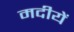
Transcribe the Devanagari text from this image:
मदीयें